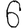
Digit: 6